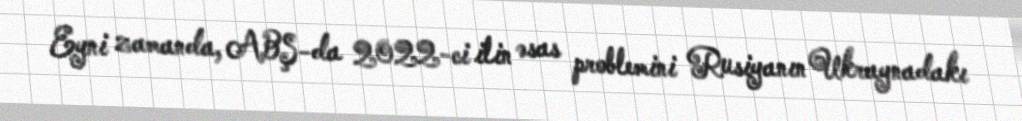
Eyni zamanda, ABŞ-da 2022-ci ilin əsas problemini Rusiyanın Ukraynadakı